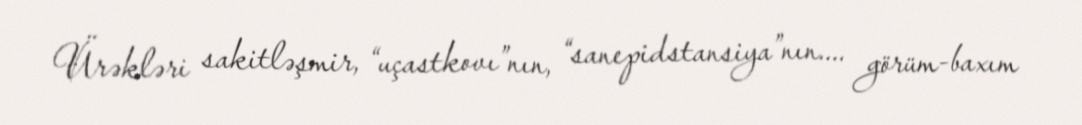
Ürəkləri sakitləşmir, “uçastkovı”nın, “sanepidstansiya”nın.... görüm-baxım